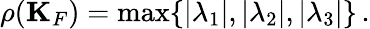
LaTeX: \rho({\mathbf K}_{F})=\operatorname*{max}\{ |\lambda_{1}|,|\lambda_{2}|,|\lambda_{3}|\} \, .